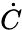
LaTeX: \dot{C}